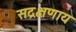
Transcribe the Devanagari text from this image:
सद्रक्षणाय